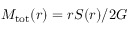
M _ { \mathrm { t o t } } ( r ) = r S ( r ) / 2 G